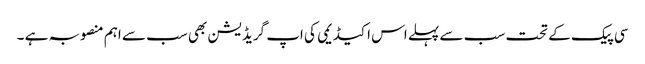
سی پیک کے تحت سب سے پہلے اس اکیڈیمی کی اپ گریڈیشن بھی سب سے اہم منصوبہ ہے ۔